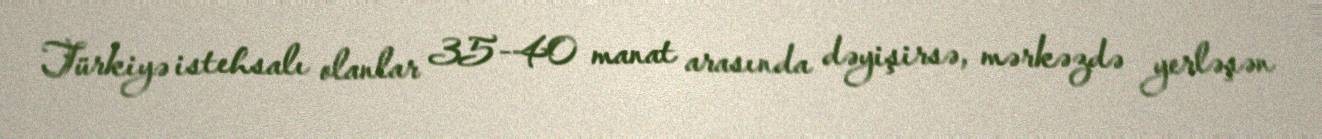
Türkiyə istehsalı olanlar 35-40 manat arasında dəyişirsə, mərkəzdə yerləşən